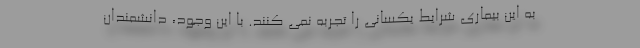
به این بیماری شرایط یکسانی را تجربه نمی کنند. با این وجود، دانشمندان